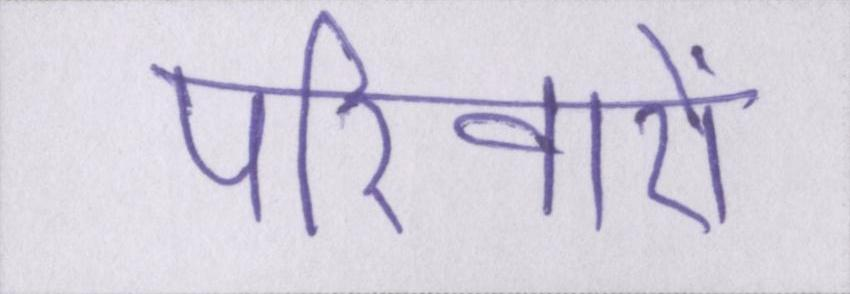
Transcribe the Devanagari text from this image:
परिवारों